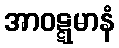
အာဝဋ္ဋမာနံ